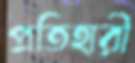
প্রতিহারী